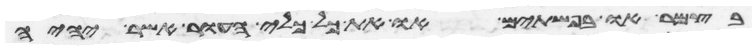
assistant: בצמר או בפשתים או את כל כלי העור אשר יהיה